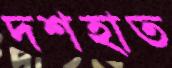
দশহাত